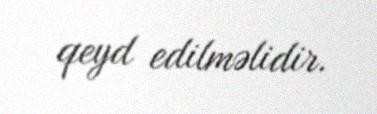
qeyd edilməlidir.